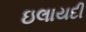
ઇલાયદી